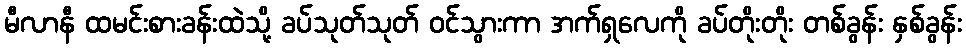
မီလာနီ ထမင်းစားခန်းထဲသို့ ခပ်သုတ်သုတ် ဝင်သွားကာ အက်ရှလေကို ခပ်တိုးတိုး တစ်ခွန်း နှစ်ခွန်း